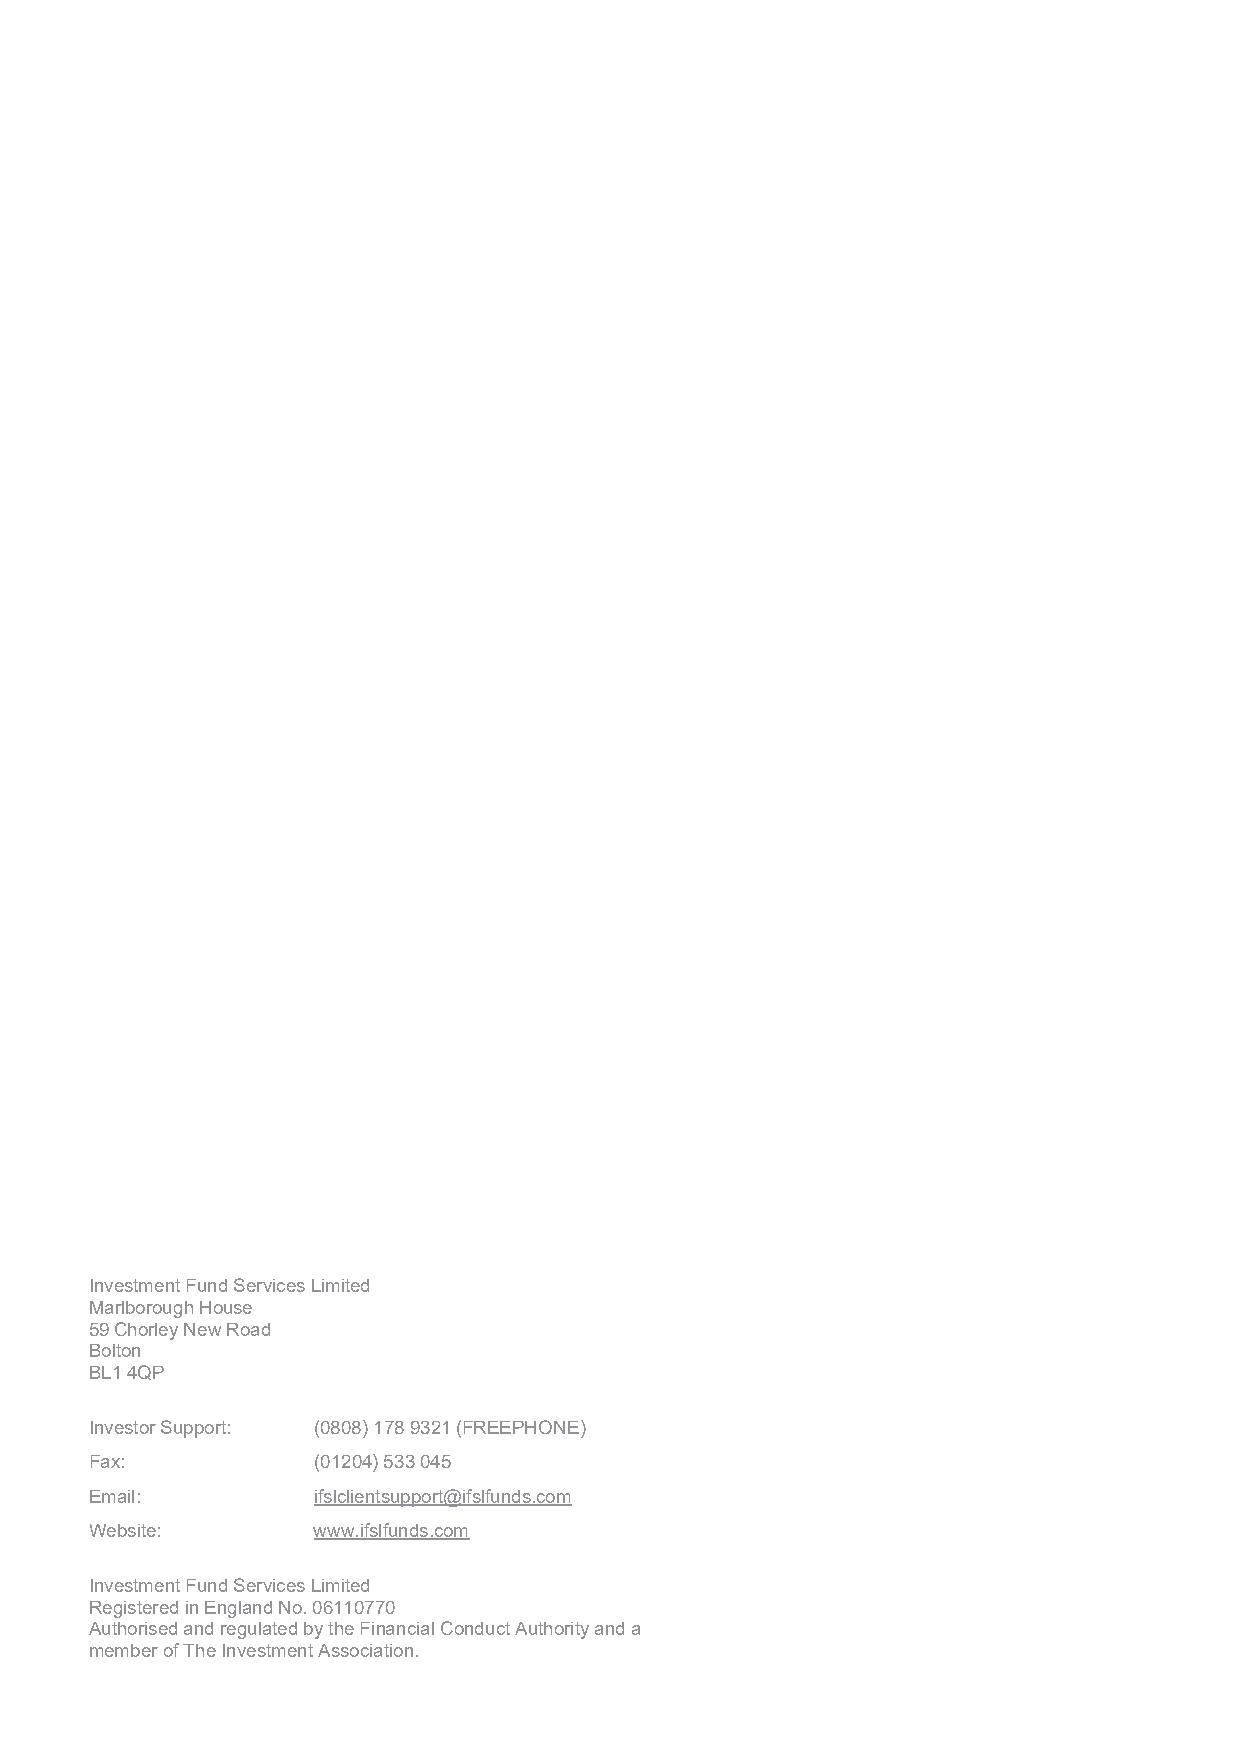
Investment Fund Services Limited
 Marlborough House
 59 Chorley New Road
 Bolton
 BL1 4QP
 Investor Support: (0808) 178 9321 (FREEPHONE)
 Fax:           (01204) 533 045
 Email:         ifslclientsupport@ifslfunds.com
 Website:       www.ifslfunds.com
 Investment Fund Services Limited
 Registered in England No. 06110770
 Authorised and regulated by the Financial Conduct Authority and a
 member of The Investment Association.